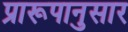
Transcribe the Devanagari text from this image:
प्रारूपानुसार